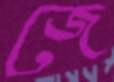
জে